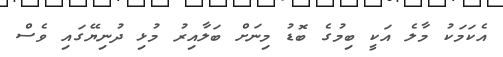
އެކަމަކު މާލެ އަކީ ބިމުގެ ބޮޑު މިނަށް ބަލާއިރު މުޅި ދުނިޔޭގައި ވެސް